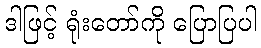
ဒါဖြင့် ရုံးတော်ကို ပြောပြပါ